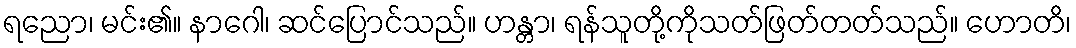
ရညော၊ မင်း၏။ နာဂေါ၊ ဆင်ပြောင်သည်။ ဟန္တာ၊ ရန်သူတို့ကိုသတ်ဖြတ်တတ်သည်။ ဟောတိ၊